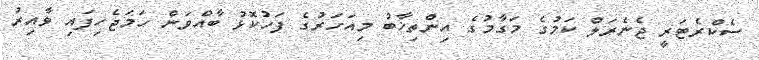
ސެކްރެޓަރީ ޖެނެރަލް ކަމުގެ މަގާމުގެ އިންތިޚާބު މިއަހަރުގެ ފަހުކޮޅު ބާއްވަން ހަމަޖެހިފައި ވާއިރު